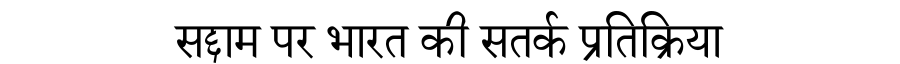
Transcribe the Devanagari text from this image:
सद्दाम पर भारत की सतर्क प्रतिक्रिया